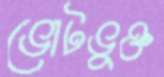
ভোটভুক্ত